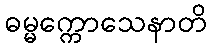
ဓမ္မက္ကောသေနာတိ